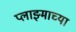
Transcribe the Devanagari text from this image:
प्लाझ्माच्या